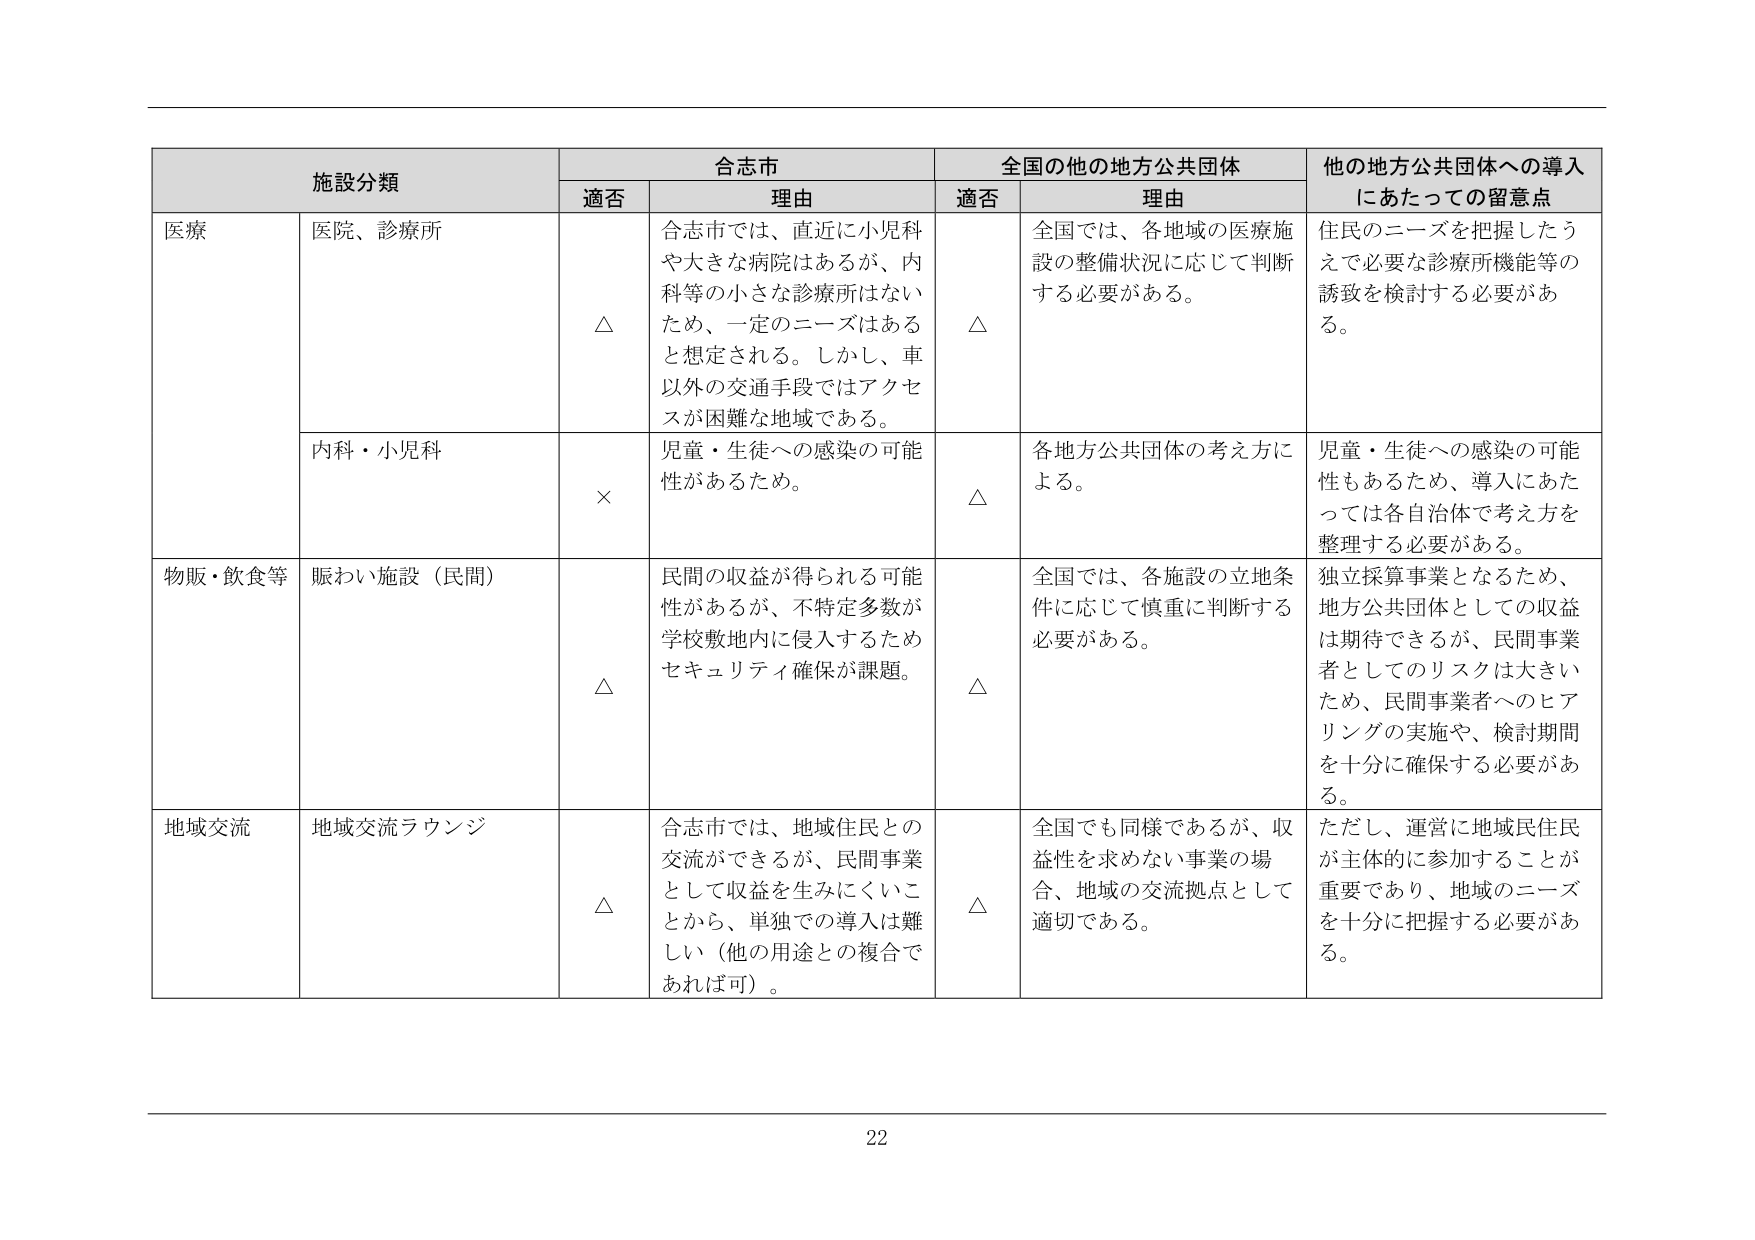
施設分類
合志市
全国の他の地方公共団体
他の地方公共団体への導入にあたっての留意点
適否
理由
適否
理由
医療
医院、診療所
△
合志市では、直近に小児科や大きな病院はあるが、内科等の小さな診療所はないため、一定のニーズはあると想定される。しかし、車以外の交通手段ではアクセスが困難な地域である。
△
全国では、各地域の医療施設の整備状況に応じて判断する必要がある。
住民のニーズを把握したうえで必要な診療所機能等の誘致を検討する必要がある。
内科・小児科
×
児童・生徒への感染の可能性があるため。
△
各地方公共団体の考え方による。
児童・生徒への感染の可能性もあるため、導入にあたっては各自治体で考え方を整理する必要がある。
物販・飲食等
賑わい施設（民間）
△
民間の収益が得られる可能性があるが、不特定多数が学校敷地内に侵入するためセキュリティ確保が課題。
△
全国では、各施設の立地条件に応じて慎重に判断する必要がある。
独立採算事業となるため、地方公共団体としての収益は期待できるが、民間事業者としてのリスクは大きいため、民間事業者へのヒアリングの実施や、検討期間を十分に確保する必要がある。
地域交流
地域交流ラウンジ
△
合志市では、地域住民との交流ができるが、民間事業として収益を生みにくいことから、単独での導入は難しい（他の用途との複合であれば可）。
△
全国でも同様であるが、収益性を求めない事業の場合、地域の交流拠点として適切である。
ただし、運営に地域民住民が主体的に参加することが重要であり、地域のニーズを十分に把握する必要がある。
22